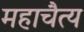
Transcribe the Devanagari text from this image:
महाचैत्य